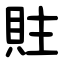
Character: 䝬